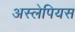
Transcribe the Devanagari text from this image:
अस्लेपियस